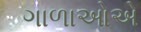
ગાળાઓએ